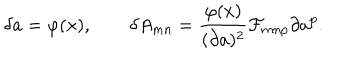
\delta a = \varphi ( x ) , \qquad \delta A _ { m n } = { \frac { \varphi ( x ) } { ( \partial a ) ^ { 2 } } } { \cal F } _ { m n p } \partial a ^ { p } .